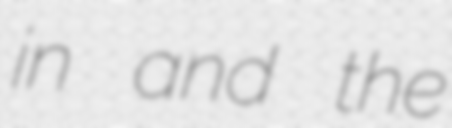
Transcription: in and the